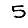
Digit: 5